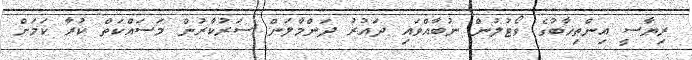
ރިޔާސީ އިންތިޚާބުގެ ވޯޓުލުން ނުބާއްވައި ދައުރު ދަންމާލަން ސަރުކާރުން މަސައްކަތް ކުރާ ކަމަށް